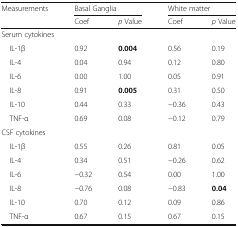
| <ROWSPAN=2> Measurements | <COLSPAN=2> Basal Ganglia | <COLSPAN=2> White matter |
 | Coef | p Value | Coef | p Value |
 | --- | --- | --- | --- | --- |
 | <COLSPAN=5> Serum cytokines |
 | IL-1β | 0.92 | 0.004 | 0.56 | 0.19 |
 | IL-4 | 0.04 | 0.94 | 0.12 | 0.80 |
 | IL-6 | 0.00 | 1.00 | 0.05 | 0.91 |
 | IL-8 | 0.91 | 0.005 | 0.31 | 0.50 |
 | IL-10 | 0.44 | 0.33 | −0.36 | 0.43 |
 | TNF-α | 0.69 | 0.08 | −0.12 | 0.79 |
 | <COLSPAN=5> CSF cytokines |
 | IL-1β | 0.55 | 0.26 | 0.81 | 0.05 |
 | IL-4 | 0.34 | 0.51 | −0.26 | 0.62 |
 | IL-6 | −0.32 | 0.54 | 0.00 | 1.00 |
 | IL-8 | −0.76 | 0.08 | −0.83 | 0.04 |
 | IL-10 | 0.70 | 0.12 | 0.09 | 0.86 |
 | TNF-α | 0.67 | 0.15 | 0.67 | 0.15 |